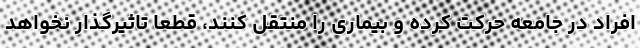
افراد در جامعه حرکت کرده و بیماری را منتقل کنند، قطعا تاثیرگذار نخواهد